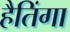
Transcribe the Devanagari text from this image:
हैतिंगा